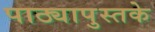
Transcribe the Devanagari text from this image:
पाठ्यापुस्तके